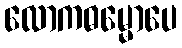
လောကဓမ္မောပေ